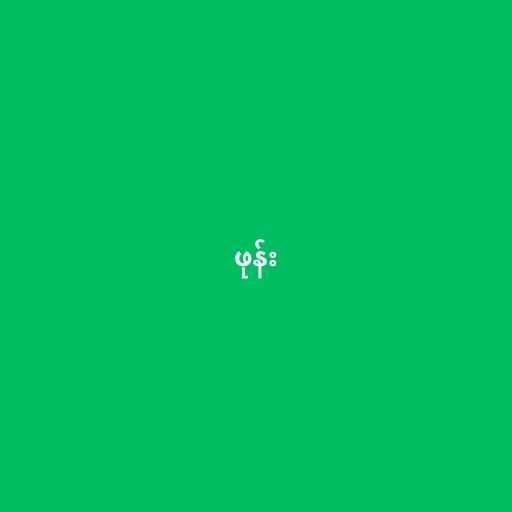
ဖုန်း